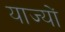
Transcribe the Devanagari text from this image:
याज्यों